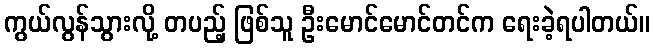
ကွယ်လွန်သွားလို့ တပည့် ဖြစ်သူ ဦးမောင်မောင်တင်က ရေးခဲ့ရပါတယ်။